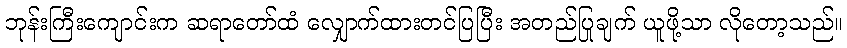
ဘုန်းကြီးကျောင်းက ဆရာတော်ထံ လျှောက်ထားတင်ပြပြီး အတည်ပြုချက် ယူဖို့သာ လိုတော့သည်။